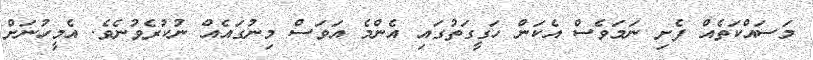
މަސައްކަތެއް ފެށި ނަމަވެސް އެކަން ހަގީގަތުގައި އެންމެ އަވަސް މިނުގައެއް ނުކުރެވުނެވެ. އެމީހުނަށް